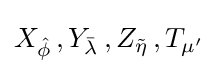
X_{\hat {\phi }}\,,Y_{\bar {\lambda }}\,,Z_{\tilde {\eta }}\,,T_{\mu '}